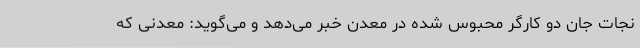
نجات جان دو کارگر محبوس شده در معدن خبر می‌دهد و می‌گوید: معدنی که